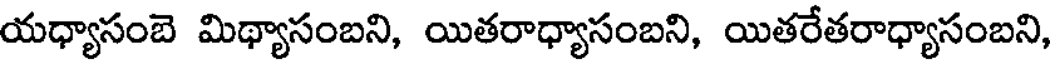
యధ్యాసంబె మిథ్యాసంబని, యితరాధ్యాసంబని, యితరేతరాధ్యాసంబని,